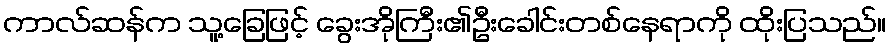
ကာလ်ဆန်က သူ့ခြေဖြင့် ခွေးအိုကြီး၏ဦးခေါင်းတစ်နေရာကို ထိုးပြသည်။